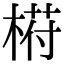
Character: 﨓